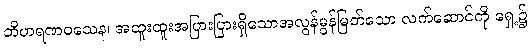
ဘိဟရဏဝသေန၊ အထူးထူးအပြားပြားရှိသောအလွန်မွန်မြတ်သော လက်ဆောင်ကို ရှေ့၌